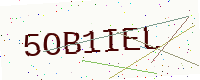
Text: 5OB1IEL